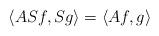
LaTeX: \begin{align*}\langle ASf,Sg\rangle=\langle Af,g\rangle\end{align*}